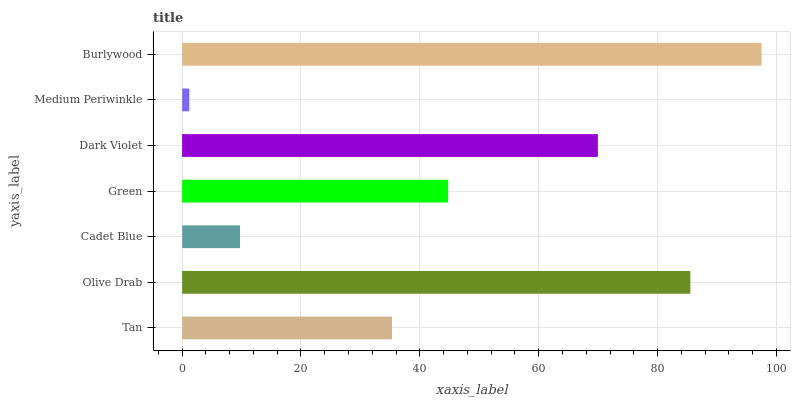
| yaxis_label | bars |
 | --- | --- |
 | Tan | 35.3 |
 | Olive Drab | 85.5 |
 | Cadet Blue | 9.75 |
 | Green | 44.8 |
 | Dark Violet | 70 |
 | Medium Periwinkle | 1.21 |
 | Burlywood | 97.5 |